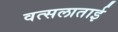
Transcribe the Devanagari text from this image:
वत्सलाताई